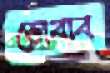
ডোবাব